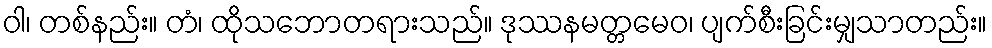
ဝါ၊ တစ်နည်း။ တံ၊ ထိုသဘောတရားသည်။ ဒုဿနမတ္တမေဝ၊ ပျက်စီးခြင်းမျှသာတည်း။